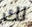
لك